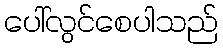
ပေါ်လွင်စေပါသည်